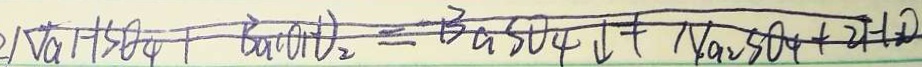
2 N a H S O _ { 4 } + B a ( O H ) _ { 2 } = B a S O _ { 4 } \downarrow + N a _ { 2 } S O _ { 4 } + 2 H _ { 2 } O